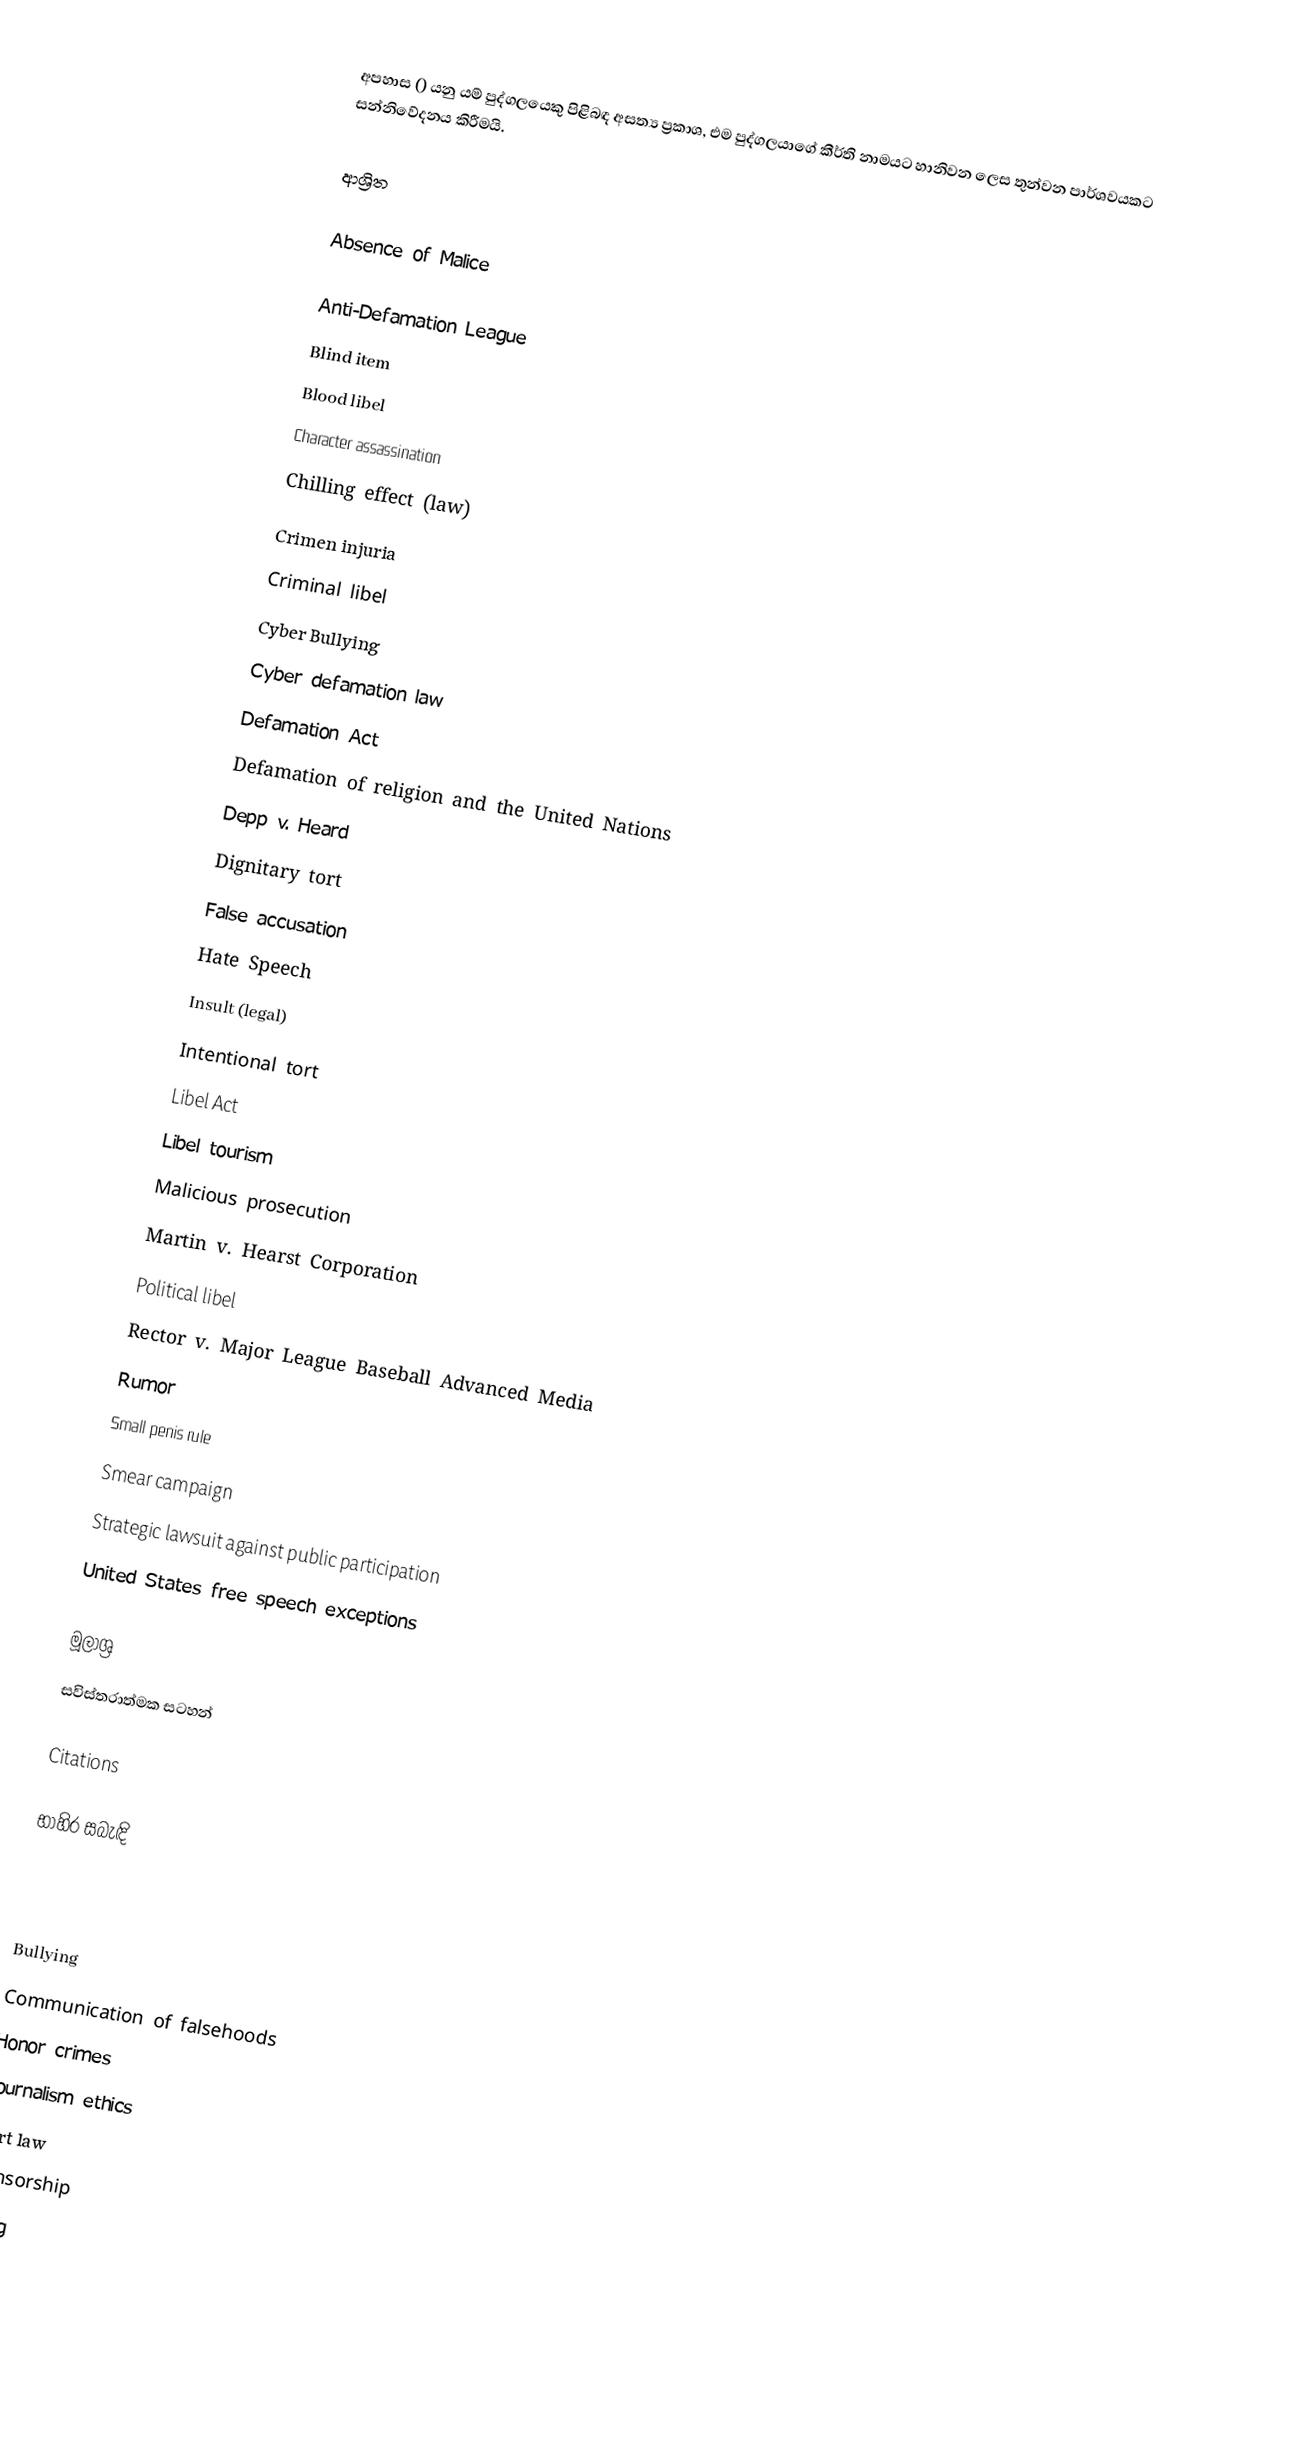
අපහාස () යනු යම් පුද්ගලයෙකු පිළිබඳ අසත්‍ය ප්‍රකාශ, එම පුද්ගලයාගේ කීර්ති නාමයට හානිවන ලෙස තුන්වන පාර්ශවයකට සන්නිවේදනය කිරීමයි.

ආශ්‍රිත

 Absence of Malice

 Anti-Defamation League
 Blind item
 Blood libel
 Character assassination
 Chilling effect (law)
 Crimen injuria
 Criminal libel
 Cyber Bullying
 Cyber defamation law
 Defamation Act
 Defamation of religion and the United Nations
 Depp v. Heard
 Dignitary tort
 False accusation
 Hate Speech
 Insult (legal)
 Intentional tort
 Libel Act
 Libel tourism
 Malicious prosecution
 Martin v. Hearst Corporation
 Political libel
 Rector v. Major League Baseball Advanced Media
 Rumor
 Small penis rule
 Smear campaign
 Strategic lawsuit against public participation
 United States free speech exceptions

මූලාශ්‍ර
සවිස්තරාත්මක සටහන්

Citations

භාහිර සබැඳි

Bullying
Communication of falsehoods
Honor crimes
Journalism ethics
Tort law
Censorship
Lying